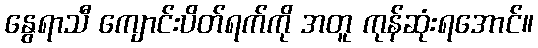
နွေရာသီ ကျောင်းပိတ်ရက်ကို အတူ ကုန်ဆုံးရအောင်။